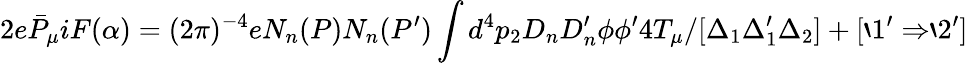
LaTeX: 2e{\bar{P}}_{\mu}iF(\alpha)=(2\pi)^{-4}eN_{n}(P)N_{n}(P^{\prime})\int d^{4}p_{2}D_{n}D_{n}^{\prime}\phi\phi^{\prime}4T_{\mu}/[\Delta_{1}\Delta_{1}^{\prime}\Delta_{2}]+[`1^{\prime}\Rightarrow`2^{\prime}]